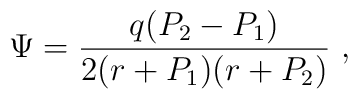
\Psi={q (P_2 - P_1) \over  2 (r+P_1) (r + P_2) } \   ,